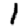
Digit: 1